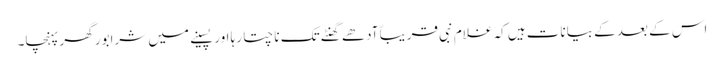
اس کے بعد کے بیانات ہیں کہ غلام نبی قریباّ آدھے گھنٹے تک ناچتا رہا اور پسینے میں شرابور گھر پہنچا۔